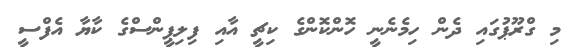
މި ގްރޫޕުގައި ދެން ހިމެނެނީ ހޮންކޮންގެ ކިޗީ އާއި ފިލިޕީންސްގެ ކާޔާ އެފްސީ